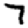
Digit: 7